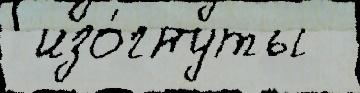
 изо́гнуты